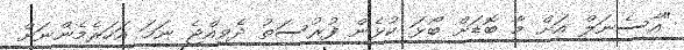
"އާސެނަލް އަށް މާ ބޮޑަށް ބޯޅަ ކުޅެން ފުރުސަތު ދެވިއްޖެ ނަމަ އަހަރެމެންނަށް